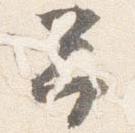
予